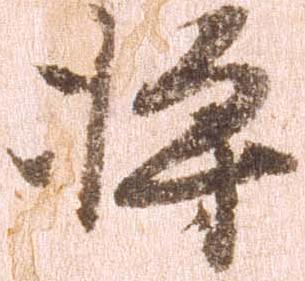
将